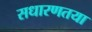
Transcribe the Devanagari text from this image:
सधारणतया